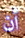
أن